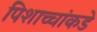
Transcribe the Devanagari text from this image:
पिशाच्चांकडे